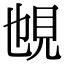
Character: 𧠉